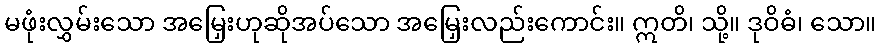
မဖုံးလွှမ်းသော အမြှေးဟုဆိုအပ်သော အမြှေးလည်းကောင်း။ ဣတိ၊ သို့။ ဒုဝိဓံ၊ သော။